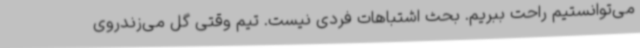
می‌توانستیم راحت ببریم. بحث اشتباهات فردی نیست. تیم وقتی گل می‌زندروی